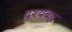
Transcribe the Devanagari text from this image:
दृश्यबद्ध